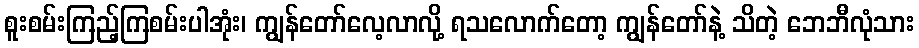
စူးစမ်းကြည့်ကြစမ်းပါအုံး၊ ကျွန်တော်လေ့လာလို့ ရသလောက်တော့ ကျွန်တော်နဲ့ သိတဲ့ ဘေဘီလုံသား